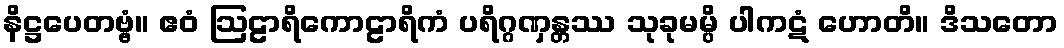
နိဋ္ဌပေတဗ္ဗံ။ ဧဝံ ဩဠာရိကောဠာရိကံ ပရိဂ္ဂဏှန္တဿ သုခုမမ္ပိ ပါကဋံ ဟောတိ။ ဒိသတော